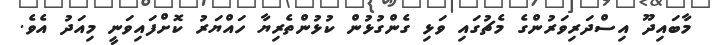
މާބައިދޫ އިސްދަރިވަރުންގެ މެޗުގައި ވަޅި ގެންގުޅުން ކުޅުންތެރިޔާ ހައްޔަރު ކޮށްފައިވަނީ މިއަދު އެވެ.